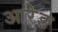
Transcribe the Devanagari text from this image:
आरेङ